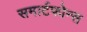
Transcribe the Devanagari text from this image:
समार्टफोन्स